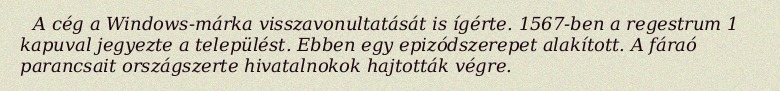
A cég a Windows-márka visszavonultatását is ígérte. 1567-ben a regestrum 1 kapuval jegyezte a települést. Ebben egy epizódszerepet alakított. A fáraó parancsait országszerte hivatalnokok hajtották végre.